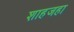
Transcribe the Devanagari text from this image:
शाहजहा